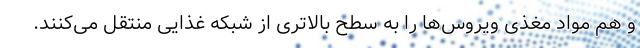
و هم مواد مغذی ویروس‌ها را به سطح بالاتری از شبکه غذایی منتقل می‌کنند.